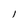
Character: l